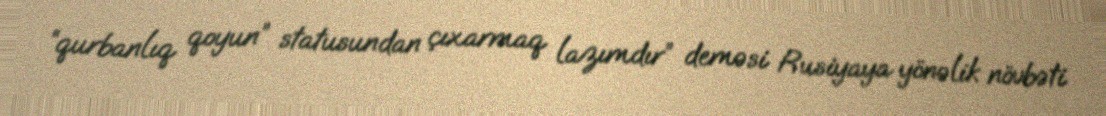
“qurbanlıq qoyun” statusundan çıxarmaq lazımdır” deməsi Rusiyaya yönəlik növbəti